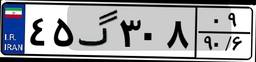
۲۶گ۶۵۵۳۶